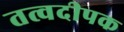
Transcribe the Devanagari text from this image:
तत्वदीपक